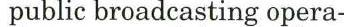
public broadcasting opera-